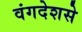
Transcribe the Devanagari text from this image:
वंगदेशसे